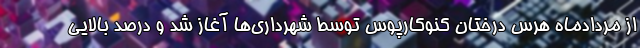
از مردادماه هرس درختان کنوکارپوس توسط شهرداری‌ها آغاز شد و درصد بالایی